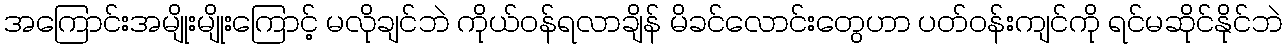
အကြောင်းအမျိုးမျိုးကြောင့် မလိုချင်ဘဲ ကိုယ်ဝန်ရလာချိန် မိခင်လောင်းတွေဟာ ပတ်ဝန်းကျင်ကို ရင်မဆိုင်နိုင်ဘဲ